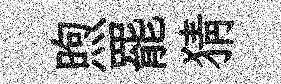
煦罷猜